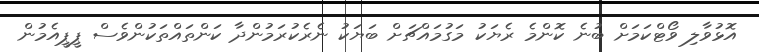
އޮޅުވާލި ވޯޓްކަމަށް ބުނެ ކޮންމެ ރެޔަކު މަގުމައްޗަށް ބަޔަކު ނެރެކުރަމުންދާ ކަންތައްތަކުންވެސް ޕީޕީއެމުން